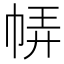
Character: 𢃈